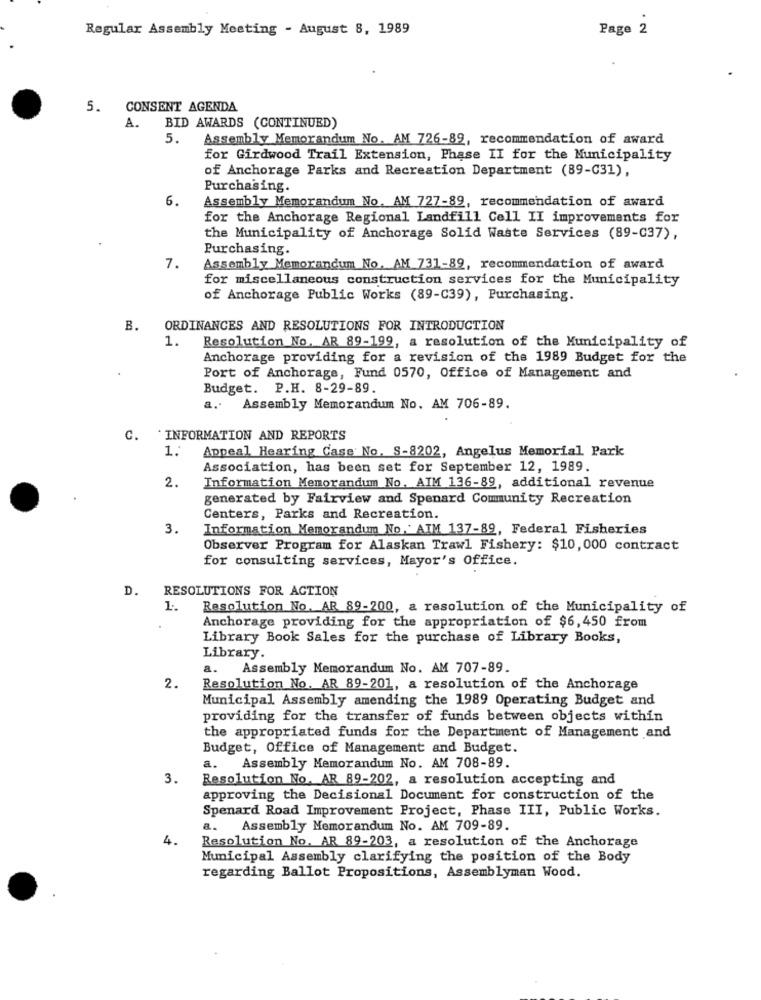
Regular Assembly Meeting - August 8, 1989
Page 2
5. CONSENT AGENDA
A. BID AWARDS (CONTINUED)
5.
Assembly Memorandum No. AM 726-89, recommendation of award
for Girdwood Trail Extension, Phase II for the Municipality
of Anchorage Parks and Recreation Department (89-G31),
Purchasing.
6.
Assembly Memorandum No. AM 727-89, recommendation of award
for the Anchorage Regional Landfill Cell II improvements for
the Municipality of Anchorage Solid Waste Services (89-037),
Purchasing.
7.
Assembly Memorandum No. AM 731-89, recommendation of award
for miscellaneous construction services for the Municipality
of Anchorage Public Works (89-C39), Purchasing.
B.
ORDINANCES AND RESOLUTIONS FOR INTRODUCTION
1.
Resolution No. AR 89-199, a resolution of the Municipality of
Anchorage providing for a revision of the 1989 Budget for the
Port of Anchorage, Fund 0570, Office of Management and
Budget. P.H. 8-29-89.
a ..
Assembly Memorandum No. AM 706-89.
C.
INFORMATION AND REPORTS
1.
Appeal Hearing Case No. S-8202, Angelus Memorial Park
Association, has been set for September 12, 1989.
2.
Information Memorandum No. AIM 136-89, additional revenue
generated by Fairview and Spenard Community Recreation
Centers, Parks and Recreation.
3.
Information Memorandum No.' AIM 137-89, Federal Fisheries
Observer Program for Alaskan Trawl Fishery: $10, 000 contract
for consulting services, Mayor's Office.
D.
RESOLUTIONS FOR ACTION
1.
Resolution No. AR 89-200, a resolution of the Municipality of
Anchorage providing for the appropriation of $6,450 from
Library Book Sales for the purchase of Library Books,
Library.
a.
Assembly Memorandum No. AM 707-89.
2.
Resolution No. AR 89-201, a resolution of the Anchorage
Municipal Assembly amending the 1989 Operating Budget and
providing for the transfer of funds between objects within
the appropriated funds for the Department of Management and
Budget, Office of Management and Budget.
a.
Assembly Memorandum No. AM 708-89.
3.
Resolution No. AR 89-202, a resolution accepting and
approving the Decisional Document for construction of the
Spenard Road Improvement Project, Phase III, Public Works.
a.
Assembly Memorandum No. AM 709-89.
4.
Resolution No. AR 89-203, a resolution of the Anchorage
Municipal Assembly clarifying the position of the Body
regarding Ballot Propositions, Assemblyman Wood.